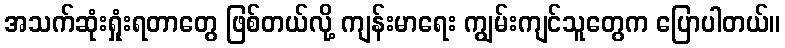
အသက်ဆုံးရှုံးရတာတွေ ဖြစ်တယ်လို့ ကျန်းမာရေး ကျွမ်းကျင်သူတွေက ပြောပါတယ်။